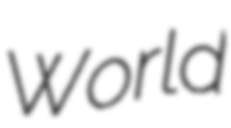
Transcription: World